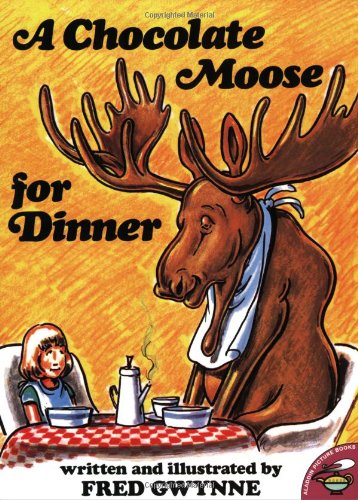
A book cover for A Chocolate Moose for Dinner; Fred Gwynne; Reference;